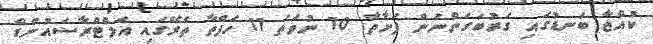
ކުއްޖާ ބަނޑުގައި ގަރުބަގަންނަން ފަށާތާ 10 ނުވަތަ 11 ހަފްތާ ތެރޭގައި އަލްޓްރާސައުންޑް